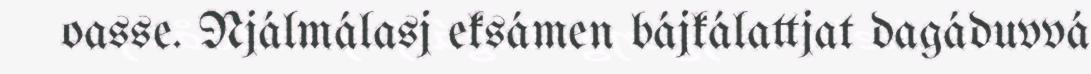
oasse. Njálmálasj eksámen bájkálattjat dagáduvvá